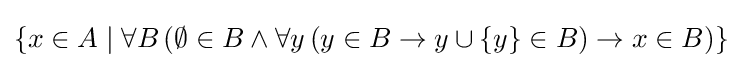
\{x\in A\mid \forall B\,(\emptyset \in B\wedge \forall y\,(y\in B\rightarrow y\cup \{y\}\in B)\rightarrow x\in B)\}